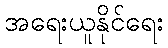
အရေးယူနိုင်ရေး